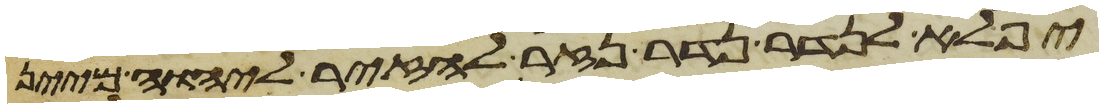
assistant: יפלא לנדר נדר נזיר להזיר ליהוה מיין